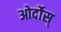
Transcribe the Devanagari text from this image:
ओर्दोस्